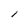
Character: 1